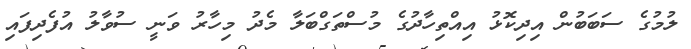
ލުމުގެ ސަބަބުން އިދިކޮޅު އިއްތިހާދުގެ މުސްތަގްބަލާ މެދު މިހާރު ވަނީ ސުވާލު އުފެދިފައި